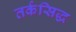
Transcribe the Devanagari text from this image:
तर्कसिद्ध